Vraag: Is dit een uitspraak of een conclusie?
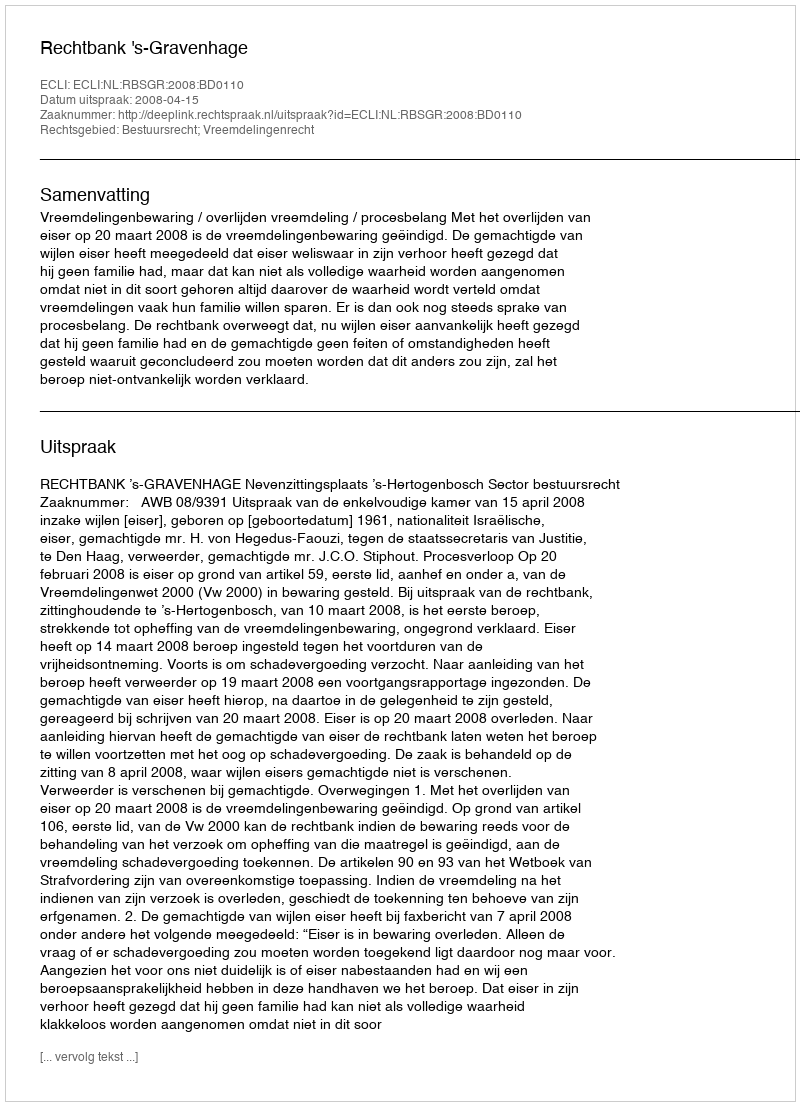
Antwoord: Uitspraak